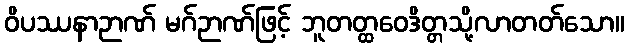
ဝိပဿနာဉာဏ် မဂ်ဉာဏ်ဖြင့် ဘူတတ္ထဝေဒိတ္တသို့လာတတ်သော။